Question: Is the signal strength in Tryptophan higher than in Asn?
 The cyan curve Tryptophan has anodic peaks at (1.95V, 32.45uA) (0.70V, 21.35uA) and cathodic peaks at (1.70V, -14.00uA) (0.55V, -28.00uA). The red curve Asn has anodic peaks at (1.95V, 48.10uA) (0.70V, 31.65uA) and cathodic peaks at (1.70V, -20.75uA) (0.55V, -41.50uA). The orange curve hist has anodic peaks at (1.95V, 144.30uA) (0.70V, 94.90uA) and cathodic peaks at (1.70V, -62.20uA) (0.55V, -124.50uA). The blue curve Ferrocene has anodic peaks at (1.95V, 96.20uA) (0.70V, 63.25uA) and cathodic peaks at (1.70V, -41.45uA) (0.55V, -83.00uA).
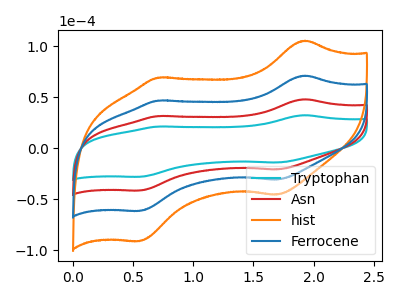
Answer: <think>All the peaks in "Tryptophan" have a peak in "Asn" at the same potential. Every peak in "Tryptophan" is lower than every peak in "Asn".
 </think>
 <answer>"Tryptophan" has less signal than "Asn".</answer>
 <eval>less_signal</eval>